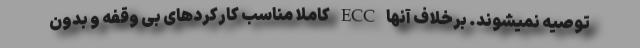
توصیه نمیشوند. برخلاف آنها ECC کاملا مناسب کارکردهای بی وقفه و بدون